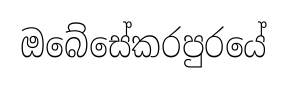
ඔබේසේකරපුරයේ